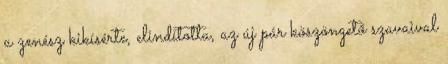
a zenész kikísérte, elindította, az új pár köszöngető szavaival